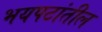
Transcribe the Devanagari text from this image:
भयपटांतील